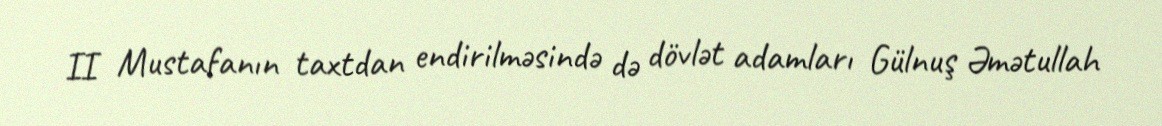
II Mustafanın taxtdan endirilməsində də dövlət adamları Gülnuş Əmətullah